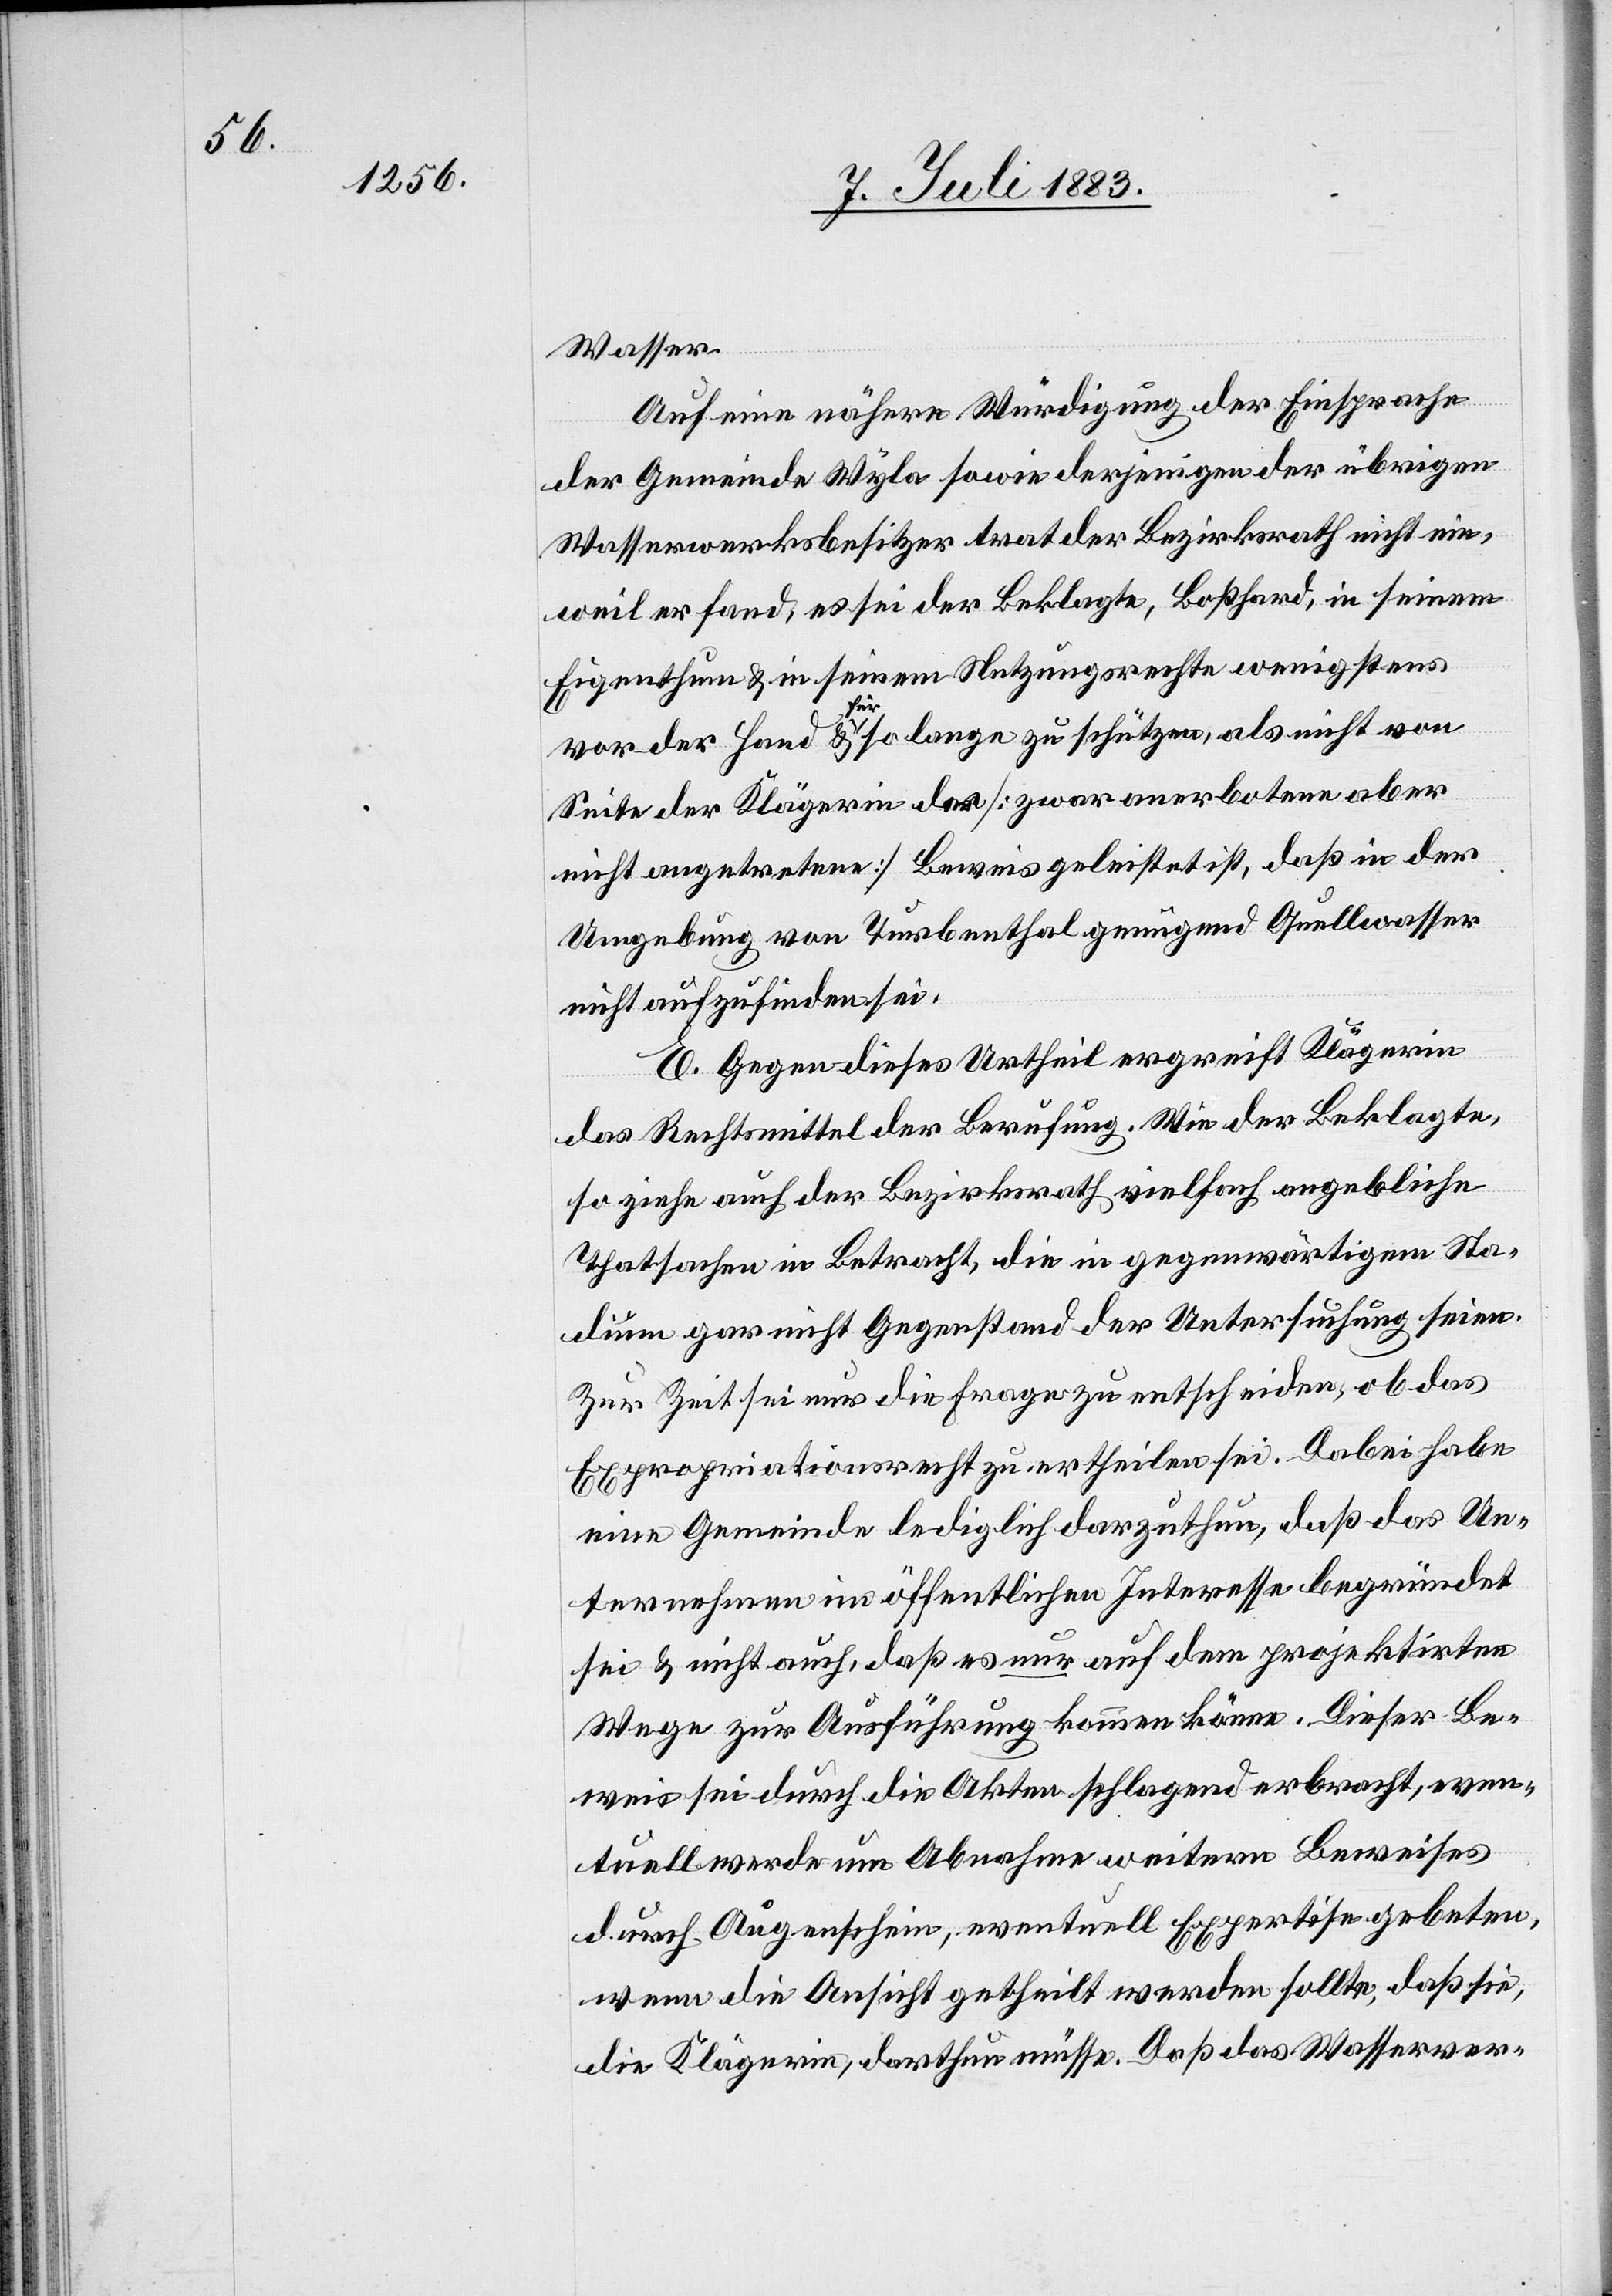
Wasser.
Auf eine nähere Würdigung der Einsprache
der Gemeinde Wyla sowie derjenigen der übrigen
Wasserwerksbesitzer trat der Bezirksrath nicht ein,
weil er fand, es sei der Beklagte, Boßhard, in seinem
Eigenthum & in seinem Nutzungsrechte wenigstens
vor der Hand & für so lange zu schützen, als nicht von
Seite der Klägerin der [zwar anerbotene aber
nicht angetretene] Beweis geleistet ist, daß in der
Umgebung von Turbenthal genügend Quellwasser
nicht aufzufinden sei.
E. Gegen dieses Urtheil ergreift Klägerin
das Rechtsmittel der Berufung. Wie der Beklagte,
so ziehe auch der Bezirksrath vielfach angebliche
Thatsachen in Betracht, die in gegenwärtigem Sta¬
dium gar nicht Gegenstand der Untersuchung seien.
Zur Zeit sei nur die Frage zu entscheiden, ob das
Expropriationsrecht zu ertheilen sei. Dabei habe
eine Gemeinde lediglich darzuthun, daß das Un¬
ternehmen im öffentlichen Interesse begründet
sei & nicht auch, daß es nur auf dem projektirten
Wege zur Ausführung kommen könne. Dieser Be¬
weis sei durch die Akten schlagend erbracht, even¬
tuell werde um Abnahme weitern Beweises
durch Augenschein, eventuell Expertisen gebeten,
wenn die Ansicht getheilt werden sollte, daß sie,
die Klägerin, darthun müsse. Daß [sic!] das Wasserver-